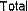
TOTAL